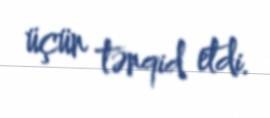
üçün tənqid etdi.